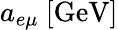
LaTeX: a_{e\mu}~[\mathrm{GeV]}